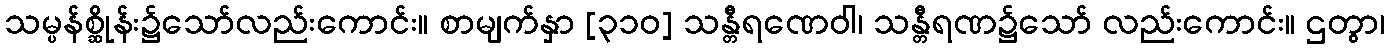
သမ္ပန်စ္ဆိုန်း၌သော်လည်းကောင်း။ စာမျက်နှာ [၃၁၀] သန္တီရဏေဝါ၊ သန္တီရဏ၌သော် လည်းကောင်း။ ဌတွာ၊